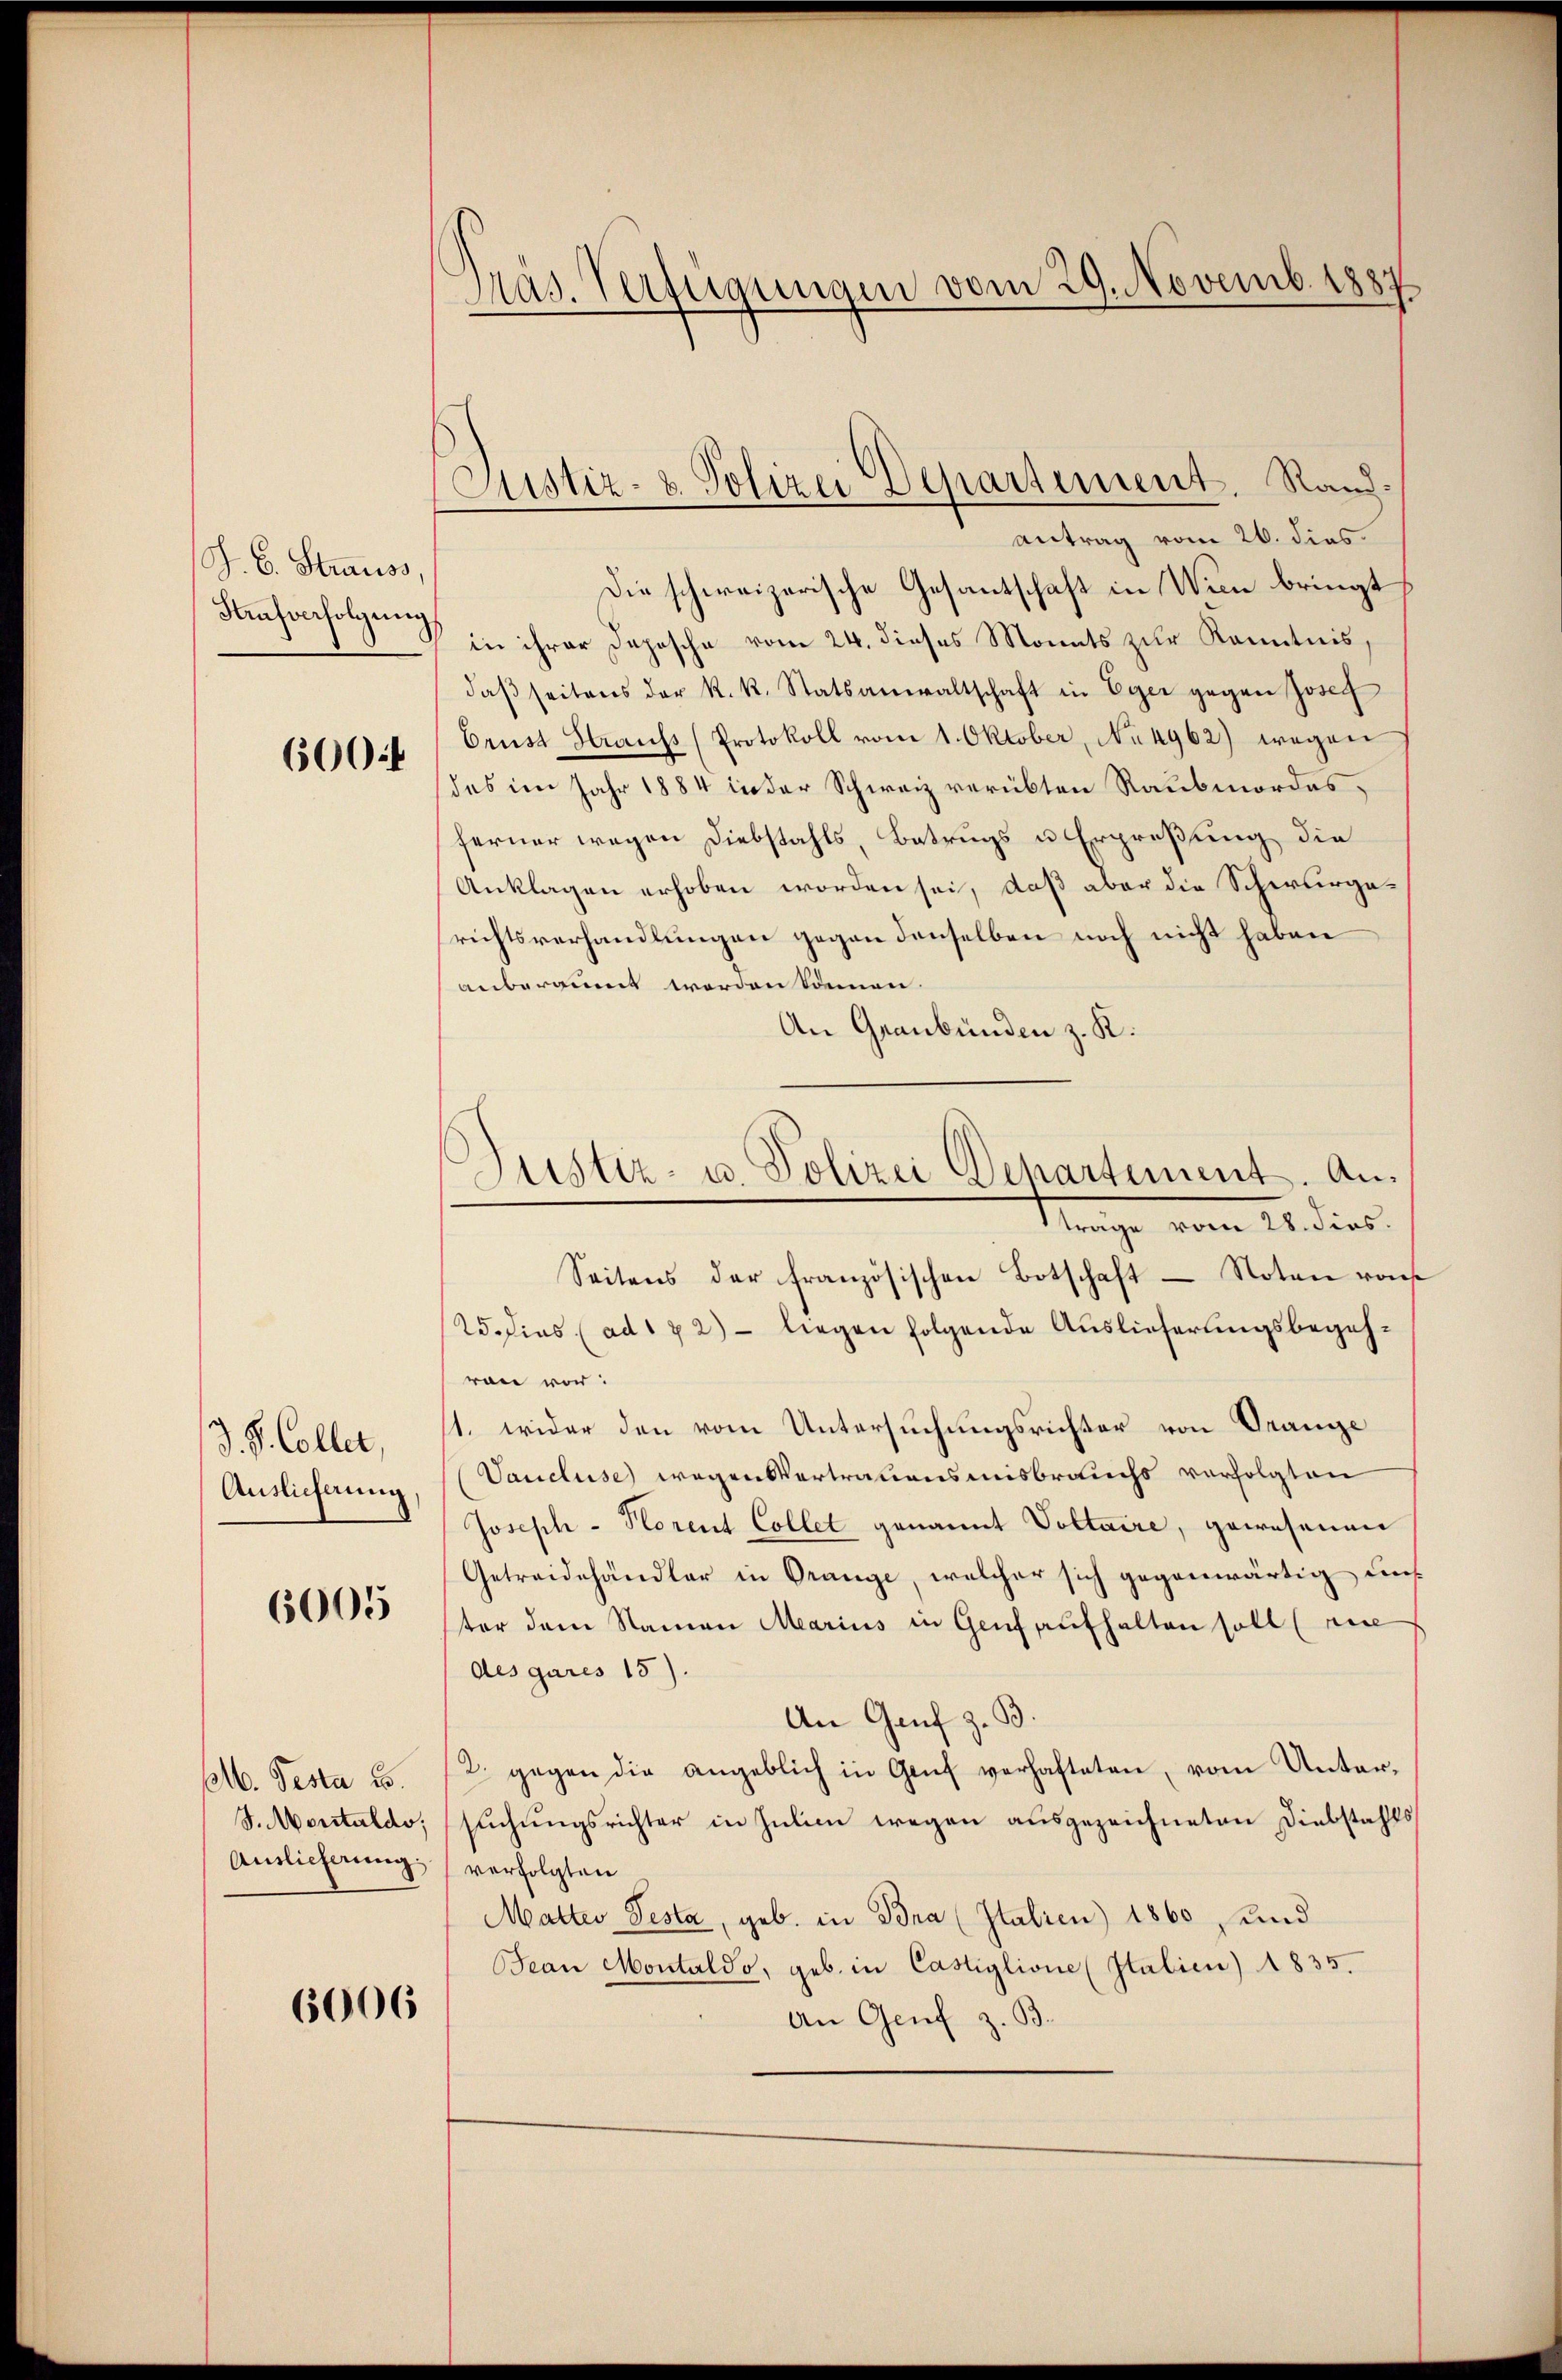
J. C. Strauss,
Kaŭfverfolgŭng

600.

J. V. Coller,
Auslieferung

6005

b. Testa u.
J. Meritaldo:
Auslieferung:

6006

Präs. Verfügungen vom 29. Novemb. 1887

Justiz- & Polizei Departement. Rand:
antrag vom 26. dies

Die schweizerische Gesantschaft in Wien bringt
in ihrer Depesche vom 24. dieses Monats zur Kenntnis,
daβ seitens der k.k. Statsanwaltschaft in Eger gegen Josef
brust Hauchs (Protokoll vom 1. Oktober, No 4962) wegen
des im Jahr 1884 in der Schweiz verübten Raubmordes,
ferner wegen Diebstahls, Betrugs u Erpreßung die
Anklagen erhoben worden sei, daß aber die Schwurgerichtsverhandlungen gegen denselben noch nicht haben
anberaumt werden können.
An Graubünden z. K.
Seitens der französischen Botschaft - Noten von
25. dies (ad 172) liegen folgende Auslieferungsbegehran vor:
1. wider den vom Untersuchungsrichter von Orange
Vancluse wegensvertrauensmisbrauchs verfolgten
Joseph - Horent Collet genannt Voltaire, gewesenen
Getreidehändler in Grange, welcher sich gegenwärtig uns
ter dem Namen Marius in Genf aufhalten soll eine
des gares 15).
An Genf z. B.
2. gegen die angeblich in Genf verhafteten, vom Untersuchungsrichter in Julii wegen ausgezeichneten Diebstahls
verfolgten
Matter Testa, geb. in Bra (Italien) 1860 und
San Montaldo, geb. in Castiglione (Italien) 1835.
An Genf z. B.

Justiz- u. Polizei Departement. An¬
Mange vom 26. dies